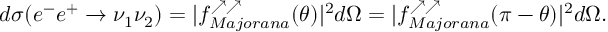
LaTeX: d \sigma ( e ^ { - } e ^ { + } \to \nu _ { 1 } \nu _ { 2 } ) = | f _ { M a j o r a n a } ^ { \nearrow \nearrow } ( \theta ) | ^ { 2 } d \Omega = | f _ { M a j o r a n a } ^ { \nearrow \nearrow } ( \pi - \theta ) | ^ { 2 } d \Omega .